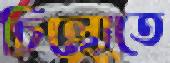
চিল্লোতে